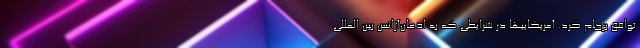
توافق برجام کرد. آمریکاییها در شرایطی که به اذعان‌آژانس بین المللی